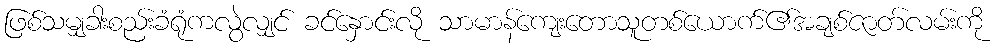
ဖြစ်သမျှခါးစည်းခံရုံကလွဲလျှင် ခင်နှောင်းလို သာမာန်ကျေးတောသူတစ်ယောက်၏အချစ်ဇာတ်လမ်းကို